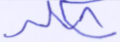
شكله